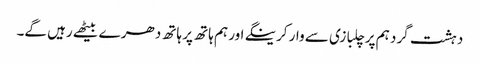
دہشت گرد ہم پر چلبازی سے وار کرینگے اور ہم ہاتھ پر ہاتھ دھر ے بیٹھے رہیں گے۔